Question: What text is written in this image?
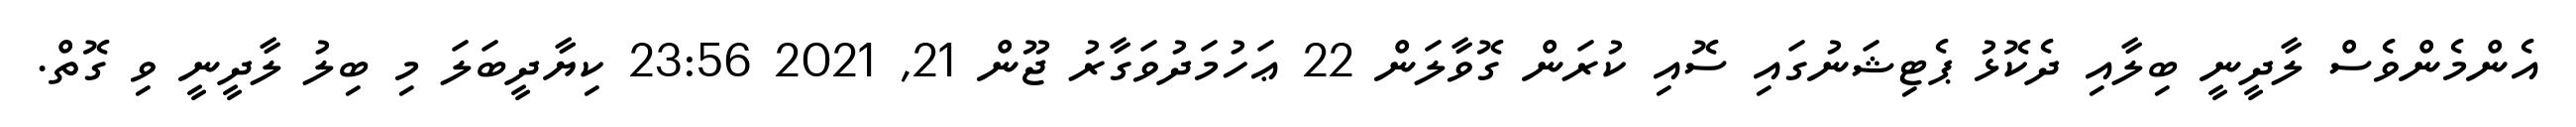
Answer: އެންމެންވެސް ލާދީނީ ބިލާއި ދެކޮޅު ޕެޓިޝަނުގައި ސޮއި ކުރަން ގޮވާލަން 22 ޢަހުމަދުވަގާރު ޖޫން 21, 2021 23:56 ކިޔާދީބަލަ މި ބިލު ލާދީނީ ވި ގޮތް.